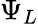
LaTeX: \Psi_{L}